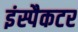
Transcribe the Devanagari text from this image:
इंस्पैकटर